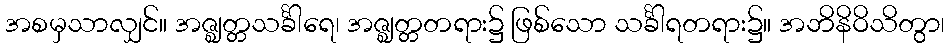
အစမှသာလျှင်။ အဇ္ဈတ္တသင်္ခါရေ၊ အဇ္ဈတ္တတရား၌ ဖြစ်သော သင်္ခါရတရား၌။ အဘိနိဝိသိတွာ၊